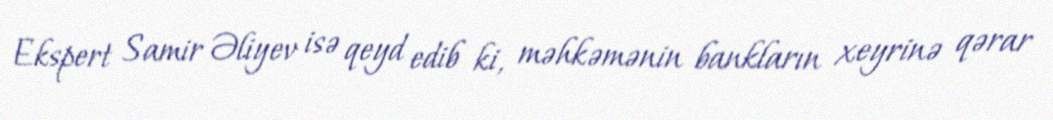
Ekspert Samir Əliyev isə qeyd edib ki, məhkəmənin bankların xeyrinə qərar